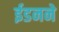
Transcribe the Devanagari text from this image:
ईडनने